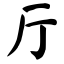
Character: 厅